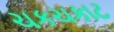
ચકચકાટ